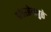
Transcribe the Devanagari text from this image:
आंतरछेदामुळे